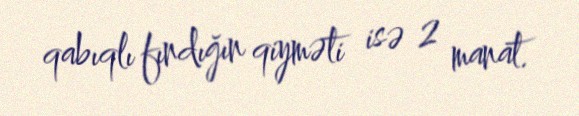
qabıqlı fındığın qiyməti isə 2 manat.